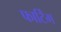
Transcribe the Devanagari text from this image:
फार्टिंग